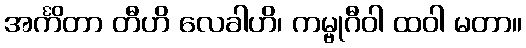
အင်္ကိတာ တီဟိ လေခါဟိ၊ ကမ္ဗုဂီဝါ ထဝါ မတာ။